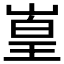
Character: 𪩅